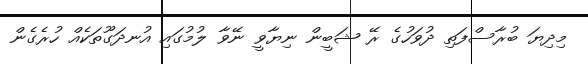
މިދިޔަ ބުރާސްފަތި ދުވަހުގެ ރޭ ޝަބީން ނިޔާވީ ނޭވާ ލުމުގައި އުނދަގޫތަކެއް ހުރެގެން